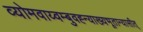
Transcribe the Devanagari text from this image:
व्योमवाय्वम्बुवह्न्याख्यभूतान्यासीत्